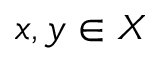
x , y \in X